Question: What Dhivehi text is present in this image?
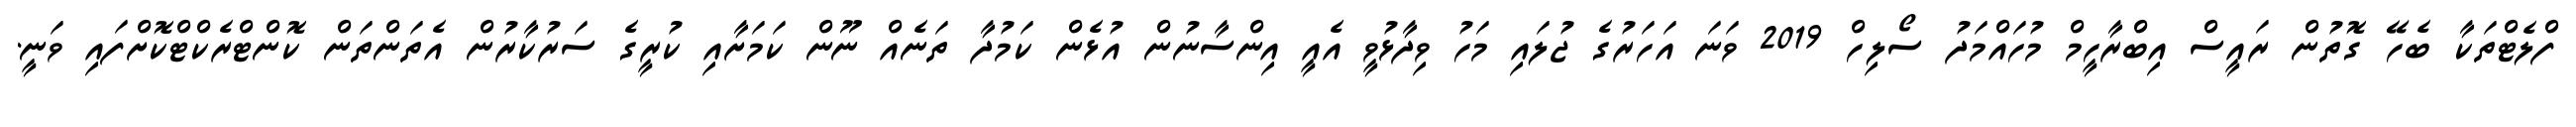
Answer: ފްލެޓްތަކާ ބެހޭ ގޮތުން ރައީސް އިބްރާހީމް މުހައްމަދު ސޯލިހް 2019 ވަނަ އަހަރުގެ ޖުލައި މަހު ވިދާޅުވީ އެއީ އިންސާނުން އުޅެން ކަމުދާ ތަނެއް ނޫން ކަމަށާއި ކުރީގެ ސަރުކާރުން އެތަންތަން ކޮންޓްރެކްޓްކޮށްފައި ވަނީ.